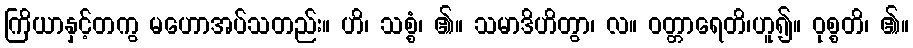
ကြိယာနှင့်တကွ မဟောအပ်သတည်း။ ဟိ၊ သစ္စံ၊ ၏။ သမာဒိဟိတွာ၊ လ။ ဝတ္တာရေတိ၊ဟူ၍။ ဝုစ္စတိ၊ ၏။